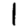
Digit: 1